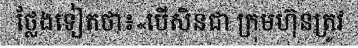
ថ្លែងទៀតថា៖«បើសិនជា ក្រុមហ៊ុនត្រូវ